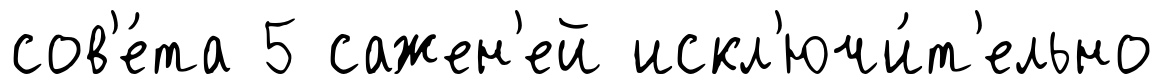
сов'е́та 5 сажен'ей искл'ючи́т'ельно